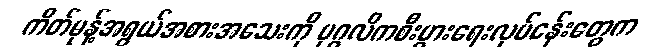
ကိတ်မုန့်အရွယ်အစားအသေးကို ပုဂ္ဂလိကစီးပွားရေးလုပ်ငန်းတွေက